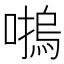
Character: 𡀴